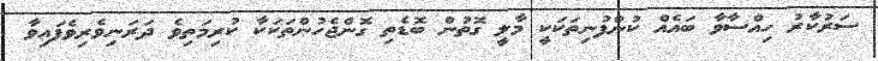
ސަރުކާރު ހިއްސާވާ ބައެއް ކުންފުނިތަކަކީ މާލީ ގޮތުން ބޮޑެތި ގޮންޖެހުންތަކަކާ ކުރިމަތިވެ ދަރަނިވެރިވެފައިވާ